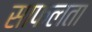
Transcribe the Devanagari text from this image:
साफलता